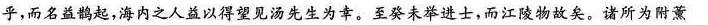
乎，而名益鹊起，海内之人益以得望见汤先生为幸。至癸未举进士，而江陵物故矣。诸所为附薰炎者，驳且渐没矣。公乃自叹日；”假令予以依附薰